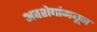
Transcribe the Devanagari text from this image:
अवशेषांमधून